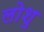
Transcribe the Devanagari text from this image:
लोशु